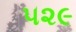
૫૨૯